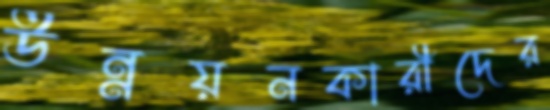
উন্নয়নকারীদের